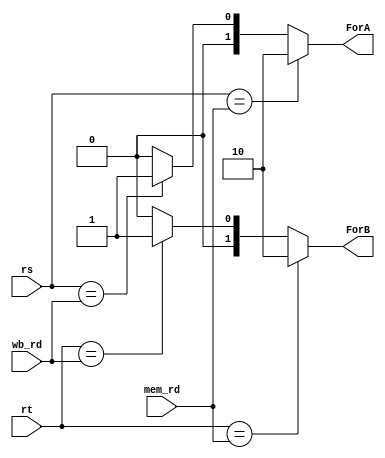
module Forwading_unit(mem_rd,wb_rd,rs,rt,ForA,ForB);
input [4:0] mem_rd,wb_rd,rs,rt;
output reg [1:0] ForA,ForB;

always@(*)
begin
	if(rs == mem_rd)
		ForA = 2'b10; // First ALU operand is forwarded from prior ALU result
	else if(rs == wb_rd)
		ForA = 2'b01; // First ALU operand is forwarded from the Data Memory or earlier ALU result
	else
		ForA = 2'b00; // First ALU operand comes from the register file

	if(rt == mem_rd)
		ForB = 2'b10; // Second ALU operand is forwarded from prior ALU result
	else if(rt == wb_rd)
		ForB = 2'b01; // Second ALU operand is forwarded from the Data Memory or earlier ALU result
	else
		ForB = 2'b00; // Second ALU operand comes from the register file
end
endmodule